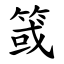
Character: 䈅